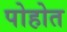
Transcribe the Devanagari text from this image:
पोहोत